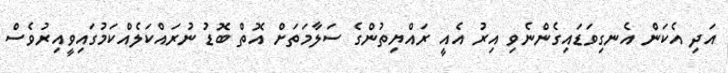
އަދި އެކަން އެނގިވަޑައިގެންނެވި އިރު އެއީ ރައްޔިތުންގެ ސަލާމަތަށް އޮތް ބޮޑު ނުރައްކަލެއްކަމުގައިވީއިރުވެސް